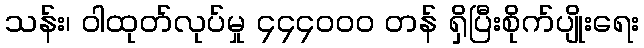
သန်း၊ ဝါထုတ်လုပ်မှု ၄၄၄၀၀၀ တန် ရှိပြီးစိုက်ပျိုးရေး